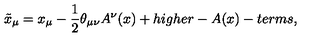
\tilde { x } _ { \mu } = x _ { \mu } - \frac { 1 } { 2 } \theta _ { \mu \nu } A ^ { \nu } ( x ) + h i g h e r - A ( x ) - t e r m s ,